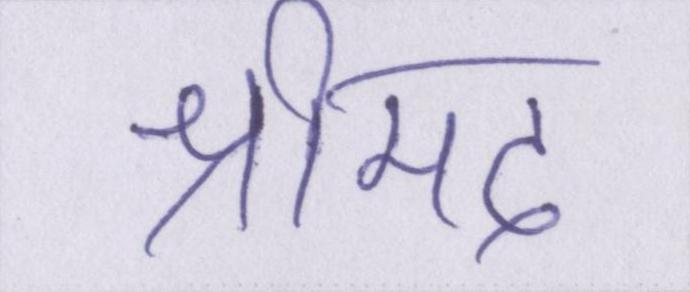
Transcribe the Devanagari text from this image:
श्रीमद